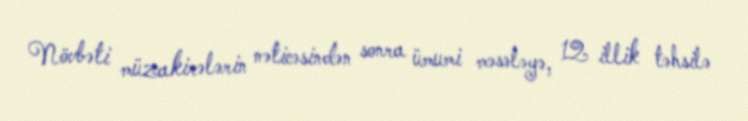
Növbəti müzakirələrin nəticəsindən sonra ümumi məsələyə, 12 illik təhsilə